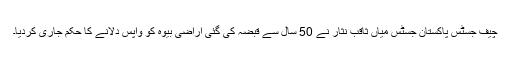
چیف جسٹس پاکستان جسٹس میاں ثاقب نثار نے 50 سال سے قبضہ کی گئی اراضی بیوہ کو واپس دلانے کا حکم جاری کردیا۔